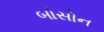
બોસોન